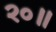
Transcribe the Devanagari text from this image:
२०॥